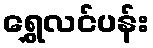
ရွှေလင်ပန်း